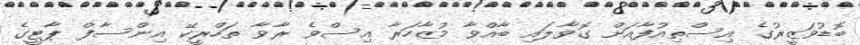
ބޮޑުވަޒީރުގެ އިސްތިއުފާއަށް ގޮވާލައި ބާއްވާ މުޒާހަރާ އިސްވެ ރާވާ ތަހްރީކޭ އިންސާފް ޕާޓީގެ